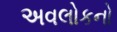
અવલોકનો